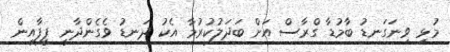
މުޅި ވިނަގަނޑު ބާމުޑާ ގްރާސް އަށް ބަދަލުކުރުމާ އެކު ދަނޑު ވެގެންދާނީ ފީފާއިން